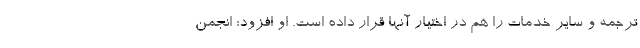
ترجمه و سایر خدمات را هم در اختیار آنها قرار داده است. او افزود: انجمن